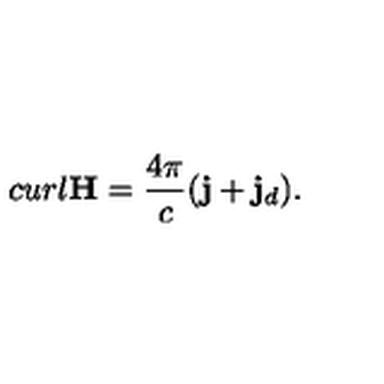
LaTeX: c u r l { \bf H } = \frac { 4 \pi } { c } ( { \bf j } + { \bf j } _ { d } ) .